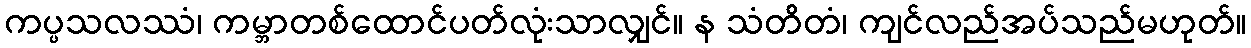
ကပ္ပသလဿံ၊ ကမ္ဘာတစ်ထောင်ပတ်လုံးသာလျှင်။ န သံတိတံ၊ ကျင်လည်အပ်သည်မဟုတ်။